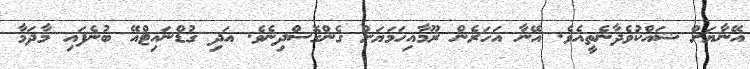
އޭނާޔަށް ޝައްކުވެދާނެތީއެވެ. އޭނާ އަހަރެން ރޫމާއިހަމަޔަށް ގެންގޮސްދިނެވެ. އަދި ގުޑްނައިޓްއޭ ބުނެފައި މާދަމާ